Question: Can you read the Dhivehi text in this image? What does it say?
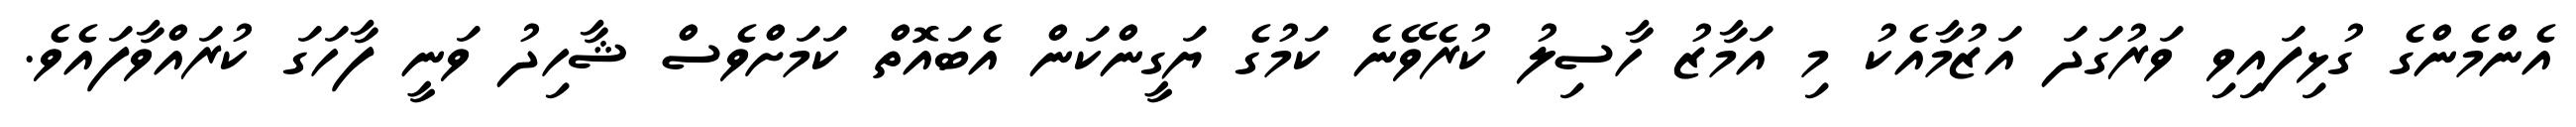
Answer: އެންމެންގެ ގުޅިފައިވި ވަރުގަދަ އަޒުމާއެކު މި އަމާޒު ހާސިލު ކުރެވޭނެ ކަމުގެ ޔަގީންކަން އެބައޮތް ކަމަށްވެސް ޝާހިދު ވަނީ ފާހަގަ ކުރައްވާފައެވެ.